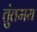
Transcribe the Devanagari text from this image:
तुंतमय